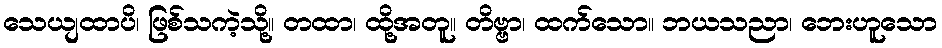
သေယျထာပိ၊ ဖြစ်သကဲ့သို့။ တထာ၊ ထို့အတူ။ တိဗ္ဗာ၊ ထက်သော။ ဘယသညာ၊ ဘေးဟူသော